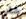
شأني